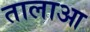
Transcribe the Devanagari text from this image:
तालाआ